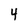
Character: 4